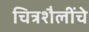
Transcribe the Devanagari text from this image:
चित्रशैलींचे